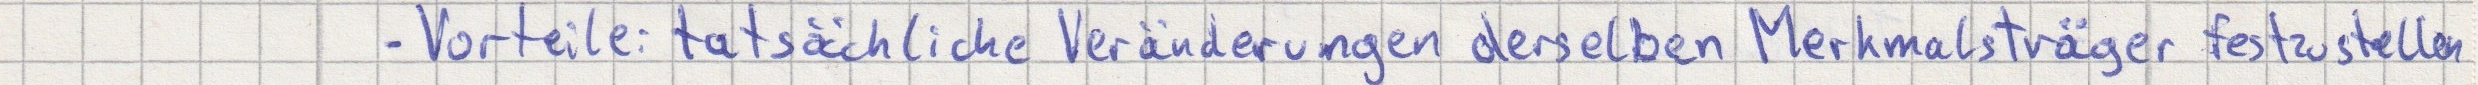
- Vorteile: tatsächliche Veränderungen derselben Merkmalsträger festzustellen